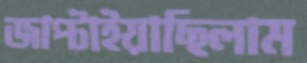
জাপ্‌টাইয়াছিলাম